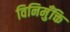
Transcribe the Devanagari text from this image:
विनिमुँक्ति